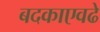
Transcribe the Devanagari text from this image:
बदकाएवढे